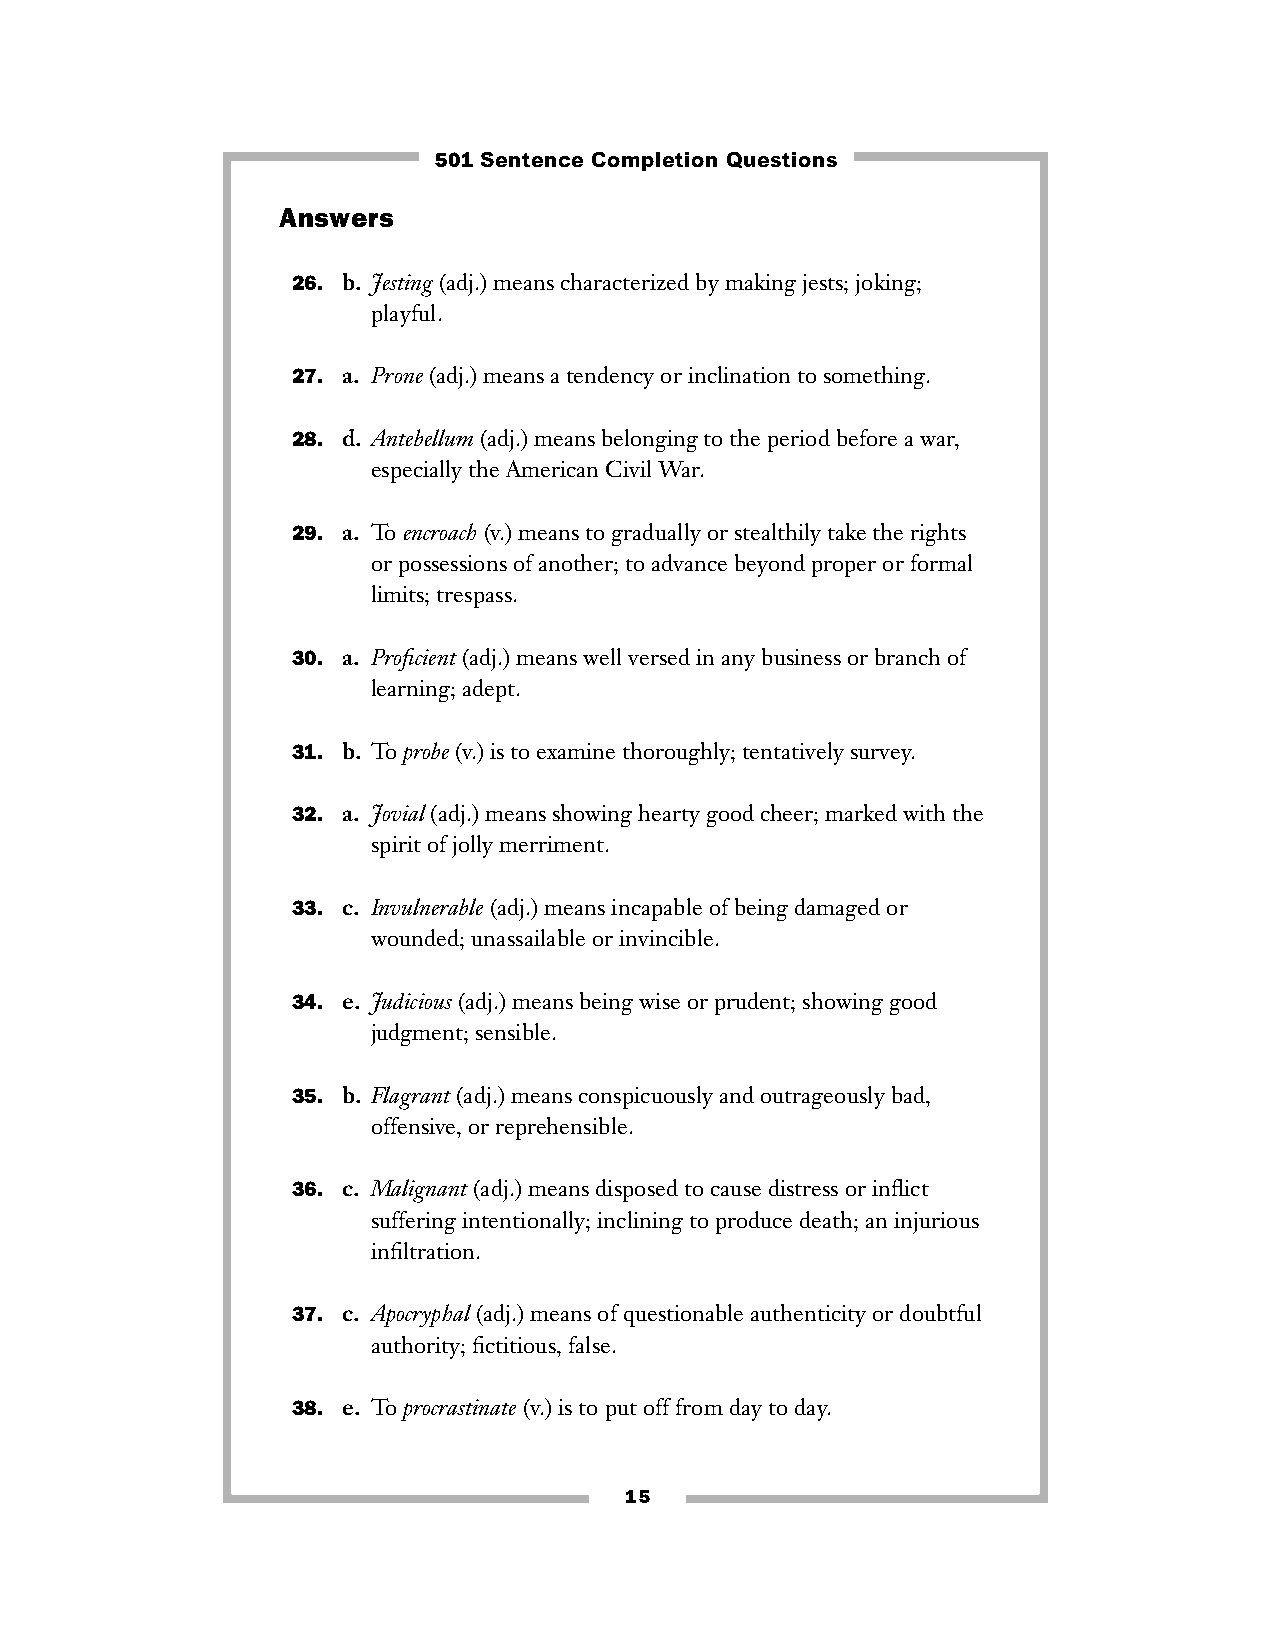
501 Sentence Completion Questions
 Answers
 26. b. Jesting(adj.) means characterized by making jests; joking;
 playful.
 27. a. Prone(adj.) means a tendency or inclination to something.
 28. d. Antebellum(adj.) means belonging to the period before a war,
 especially the American Civil War.
 29. a. To encroach(v.) means to gradually or stealthily take the rights
 or possessions of another; to advance beyond proper or formal
 limits; trespass.
 30. a. Proficient(adj.) means well versed in any business or branch of
 learning; adept.
 31. b. To probe(v.) is to examine thoroughly; tentatively survey.
 32. a. Jovial(adj.) means showing hearty good cheer; marked with the
 spirit of jolly merriment.
 33. c. Invulnerable(adj.) means incapable of being damaged or
 wounded; unassailable or invincible.
 34. e. Judicious(adj.) means being wise or prudent; showing good
 judgment; sensible.
 35. b. Flagrant(adj.) means conspicuously and outrageously bad,
 offensive, or reprehensible.
 36. c. Malignant(adj.) means disposed to cause distress or inflict
 suffering intentionally; inclining to produce death; an injurious
 infiltration.
 37. c. Apocryphal(adj.) means of questionable authenticity or doubtful
 authority; fictitious, false.
 38. e. To procrastinate(v.) is to put off from day to day.
 15